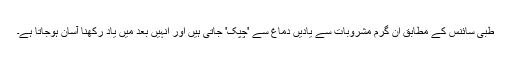
طبی سائنس کے مطابق ان گرم مشروبات سے یادیں دماغ سے 'چپک' جاتی ہیں اور انہیں بعد میں یاد رکھنا آسان ہوجاتا ہے۔